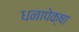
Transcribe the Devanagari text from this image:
धनापेक्षा